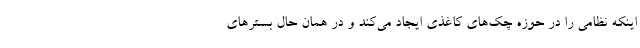
اینکه نظامی را در حوزه چک‌های کاغذی ایجاد می‌کند و در همان حال بسترهای